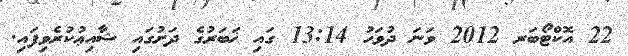
22 އޮކްޓޯބަރ 2012 ވަނަ ދުވަހު 13:14 ގައި ޚަބަރުގެ ދަށުގައި ޝާއިޢުކުރެވިފައި.